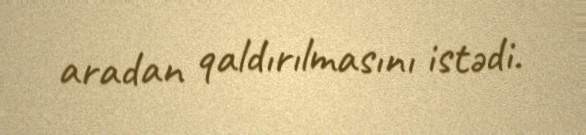
aradan qaldırılmasını istədi.